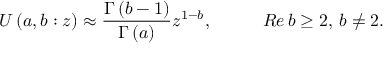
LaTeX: U \left( a , b : z \right) \approx \frac { \Gamma \left( b - 1 \right) } { \Gamma \left( a \right) } z ^ { 1 - b } , \, \, \, \, \, \, \, \, \, \, \, \, \, \, \, \, \, R e \, b \geq 2 , \, b \neq 2 .